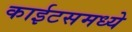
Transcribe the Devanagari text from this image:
काईटसमध्ये